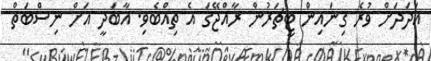
އަދަދަށް ވުރެ ގިނައިން ޓީޗަރުން ރާއްޖޭގަ އެ ތިއްބެވި. އާބަދީ އަށް ނިސްބަތް